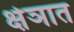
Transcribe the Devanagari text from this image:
क्षेञात